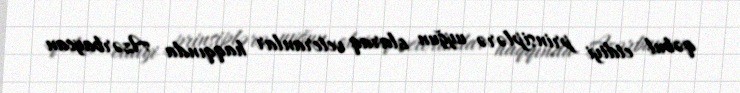
qəbul etdiyi prinsiplərə uyğun olaraq veteranlar haqqında Azərbaycan